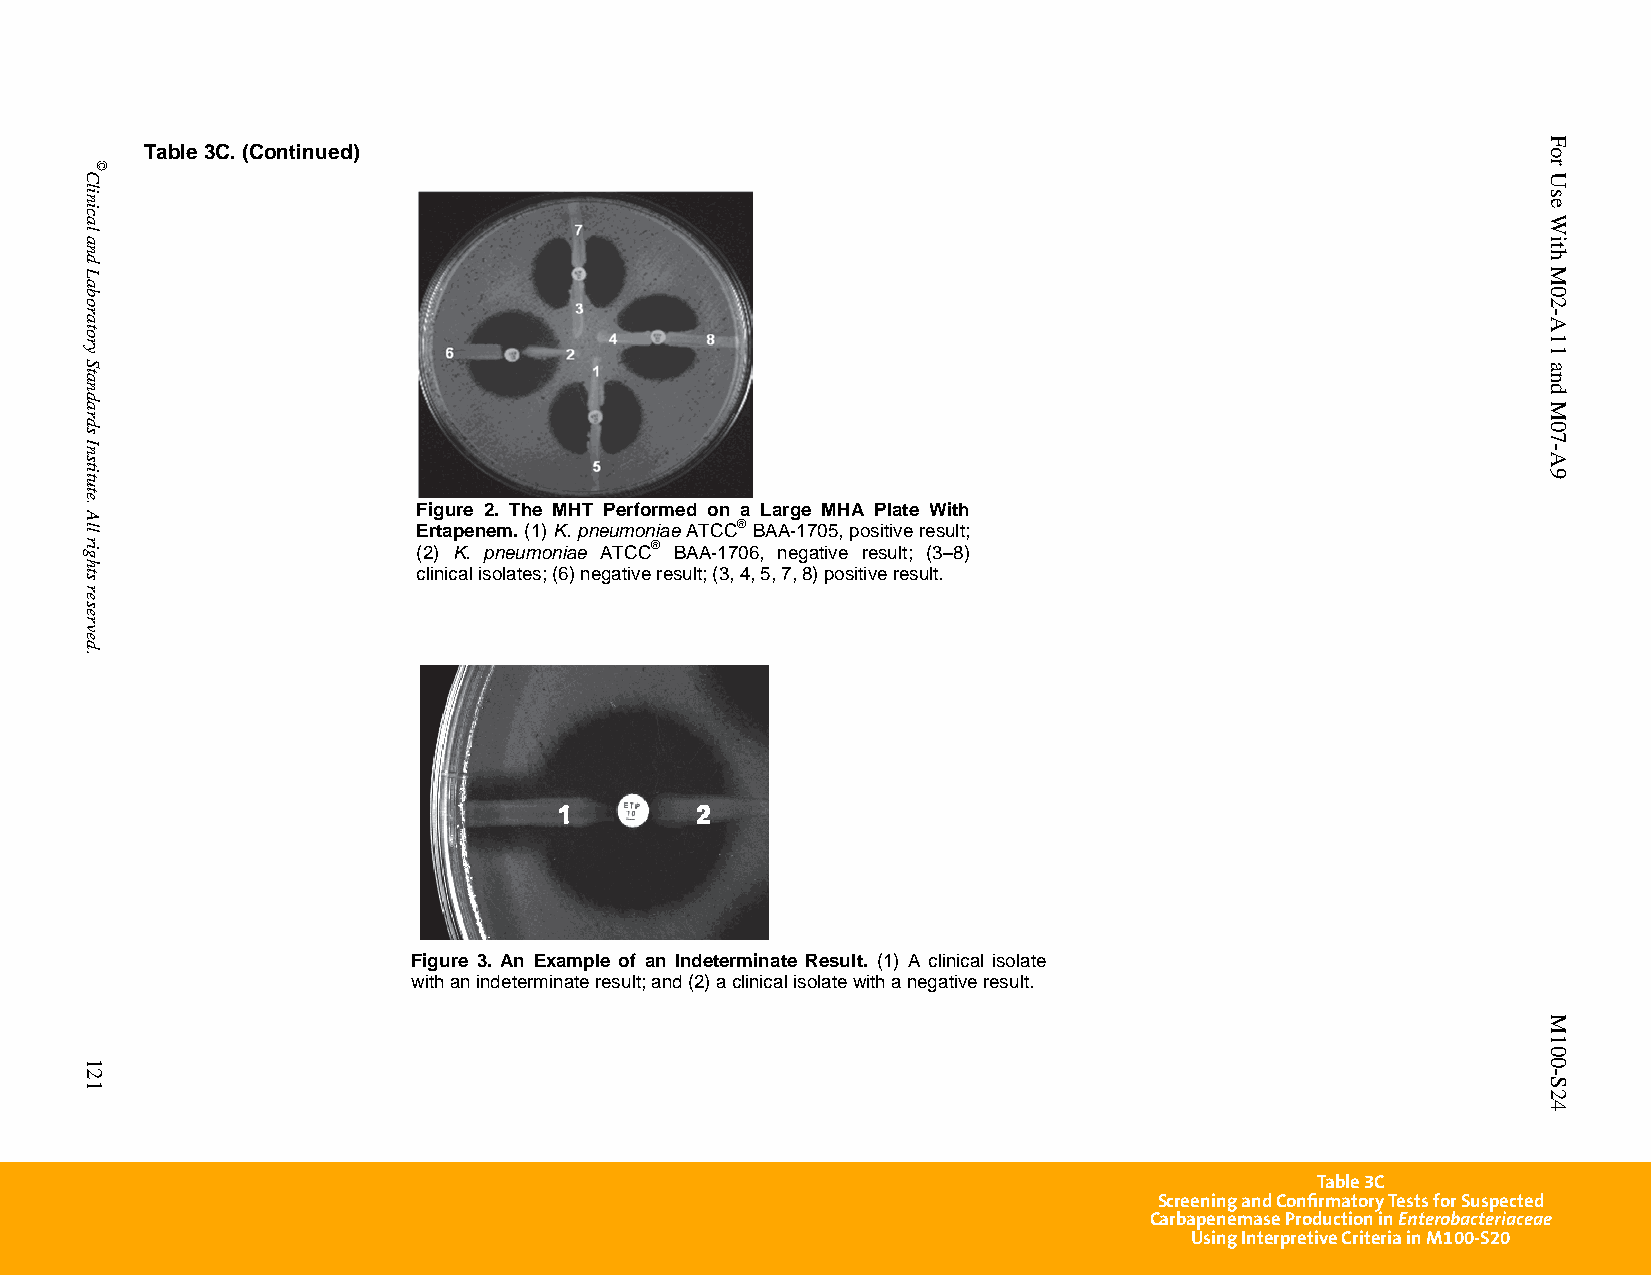
Table 3C. (Continued)
 Figure 2. The MHT Performed on a Large MHA Plate With
 Ertapenem. (1) K. pneumoniae ATCC® BAA-1705, positive result;
 (2) K. pneumoniae ATCC® BAA-1706, negative result; (3–8)
 clinical isolates; (6) negative result; (3, 4, 5, 7, 8) positive result.
 Figure 3. An Example of an Indeterminate Result. (1) A clinical isolate
 with an indeterminate result; and (2) a clinical isolate with a negative result.
 Table 3C
 Screening and Confirmatory Tests for Suspected
 Carbapenemase Production in Enterobacteriaceae
 Using Interpretive Criteria in M100-S20
 PublishedOn1/1/2014. Thisdocumentisprotectedbycopyright.
 Clinical
 and
 Laboratory
 Standards
 Institute.
 All
 rights
 reserved.
 121
 ©
 For
 Use
 With
 M02-A11
 and
 M07-A9
 M100-S24